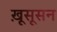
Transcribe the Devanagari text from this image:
ख़ूसूसन